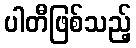
ပါတီဖြစ်သည့်